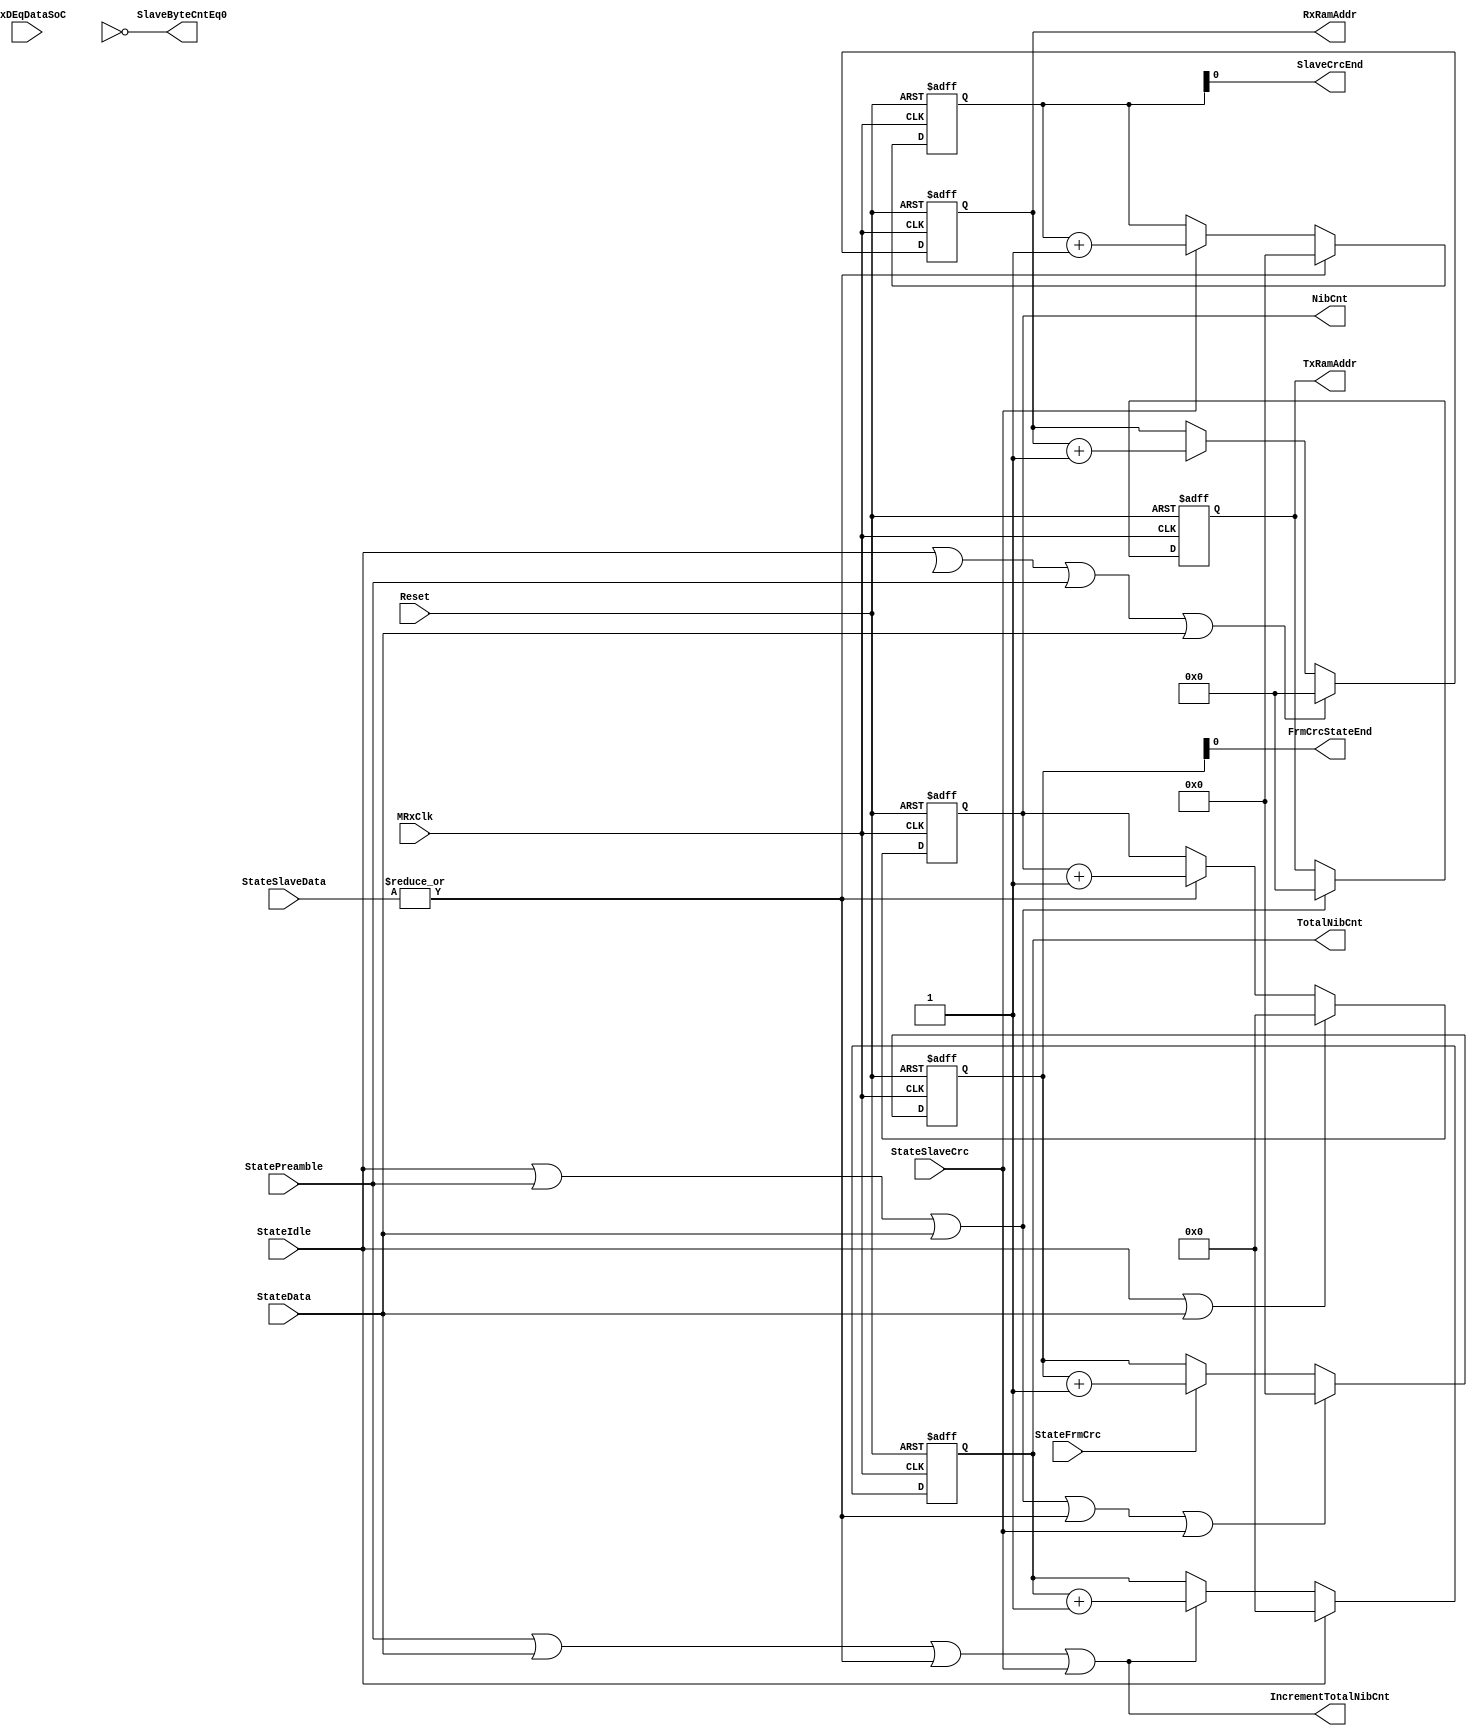
module fb_slave_counters (MRxClk, Reset, MRxDEqDataSoC,
                          StateIdle, StatePreamble, StateData, StateSlaveData, StateSlaveCrc, StateFrmCrc,
                          TotalNibCnt, NibCnt, SlaveCrcEnd, FrmCrcStateEnd, TxRamAddr, RxRamAddr, SlaveByteCntEq0, IncrementTotalNibCnt
                      );

input MRxClk;                  // Tx clock
input Reset;                   // Reset
input StateIdle;               // Idle state
input StatePreamble;           // Preamble state
input StateData;               // Data state
input [1:0] StateSlaveData;    // StateSlaveData state
input StateSlaveCrc;           // slave CRC state
input StateFrmCrc;
input MRxDEqDataSoC;

output [15:0] TotalNibCnt;    // total Nibble counter
output [15:0] NibCnt;     // Nibble counter

output SlaveCrcEnd;
output FrmCrcStateEnd;
output [7: 0] TxRamAddr;
output [7: 0] RxRamAddr;
output        SlaveByteCntEq0;
output IncrementTotalNibCnt;

wire       SlaveByteCntEq0;
wire [3:0] CrcNibbleCnt;

reg [15:0] TotalNibCnt;
reg [15:0] NibCnt;
reg [3: 0] CrcNibCnt;
reg [3: 0] PreambleNibCnt;
reg [3: 0] FrmCrcNibCnt;
reg [7: 0] TxRamAddr;
reg [7: 0] RxRamAddr;

assign CrcNibbleCnt = 4'd2;


wire ResetNibCnt;
wire IncrementNibCnt;
assign IncrementNibCnt =  (|StateSlaveData)  ;
assign ResetNibCnt = StateIdle | StateData ;

// Nibble Counter started from each slave data( only for data, no SoC no CRC)
always @ (posedge MRxClk or posedge Reset)
begin
  if(Reset)
    NibCnt <=  16'h0;
  else
    begin
      if(ResetNibCnt)
        NibCnt <=  16'h0;
      else
      if(IncrementNibCnt)
        NibCnt <=  NibCnt + 16'd1;
     end
end

wire ResetTotalNibCnt;
wire IncrementTotalNibCnt;
assign IncrementTotalNibCnt =   StatePreamble | StateData | (|StateSlaveData) | StateSlaveCrc ;
assign ResetTotalNibCnt     =   StateIdle;

// Total Nibble Counter for the whole frame incl.( Preamble, SlaveDate, SlaveCRC, NO FrameCRC)
always @ (posedge MRxClk or posedge Reset)
begin
  if(Reset)
    TotalNibCnt <=  16'h0;
  else
    begin
      if(ResetTotalNibCnt)
        TotalNibCnt <=  16'h0;
      else
      if(IncrementTotalNibCnt)
        TotalNibCnt <=  TotalNibCnt + 16'd1;
     end
end

wire IncrementCrcNibCnt;
wire ResetCrcNibCnt;
assign IncrementCrcNibCnt = StateSlaveCrc ;
assign ResetCrcNibCnt =  |StateSlaveData ;  
assign SlaveCrcEnd = CrcNibCnt[0] ;

always @ (posedge MRxClk or posedge Reset)
begin
  if(Reset)
    CrcNibCnt <=  4'b0;
  else
    begin
      if(ResetCrcNibCnt)
        CrcNibCnt <=  4'b0;
      else
      if(IncrementCrcNibCnt)
        CrcNibCnt <=  CrcNibCnt + 4'b0001;
     end
end


wire IncrementFrmCrcNibCnt;
wire ResetFrmCrcNibCnt;

assign IncrementFrmCrcNibCnt = StateFrmCrc ;
assign ResetFrmCrcNibCnt =  StateIdle | StatePreamble | StateData | (|StateSlaveData) | StateSlaveCrc;
assign FrmCrcStateEnd    = FrmCrcNibCnt[0] ;

always @ (posedge MRxClk or posedge Reset)
begin
  if(Reset)
    FrmCrcNibCnt <=  4'b0;
  else
    begin
      if(ResetFrmCrcNibCnt)
        FrmCrcNibCnt <=  4'b0;
      else
      if(IncrementFrmCrcNibCnt)
        FrmCrcNibCnt <=  FrmCrcNibCnt + 4'b0001;
     end
end


wire IncrementTxRamAddr;
wire ResetTxRamAddr;

assign ResetTxRamAddr =  StateIdle | StatePreamble | StateData;
assign IncrementTxRamAddr = StartSlaveData[0];

always @ (posedge MRxClk or posedge Reset)
begin
  if(Reset)
    TxRamAddr <=  8'b0;
  else
    begin
      if(ResetTxRamAddr)
        TxRamAddr <=  8'b0;
      else
      if(IncrementTxRamAddr)
        TxRamAddr <=  TxRamAddr + 8'b0001;
     end
end


wire ResetRxRamAddr;
wire IncrementRxRamAddr;
assign ResetRxRamAddr =  StateIdle | StateFFS | StatePreamble | StateData;
assign IncrementRxRamAddr = RxValid ;

always @ (posedge MRxClk or posedge Reset)
begin
  if(Reset)
    RxRamAddr[7:0] <=  8'd0;
  else
    begin
      if(ResetRxRamAddr)
        RxRamAddr[7:0] <=  8'd0;
      else
      if(IncrementRxRamAddr)
        RxRamAddr[7:0] <=  RxRamAddr[7:0] + 8'd1;
     end
end


wire          ResetByteCounter;
wire          IncrementByteCounter;
wire          ByteCntMax;
assign ResetByteCounter =  MRxDV & StatePreamble & MRxDEqDataSoC | StateData;
assign IncrementByteCounter = ~ResetByteCounter & MRxDV &( StateSlaveData[1] & ~ByteCntMax ) ;
assign SlaveByteCntEq0       = ByteCnt == 16'd0;
assign ByteCntMax       = ByteCnt == 16'hffff;

always @ (posedge MRxClk or posedge Reset)
begin
  if(Reset)
    ByteCnt[15:0] <=  16'd0;
  else
    begin
      if(ResetByteCounter)
        ByteCnt[15:0] <=  16'd0;
      else
      if(IncrementByteCounter)
        ByteCnt[15:0] <=  ByteCnt[15:0] + 16'd1;
     end
end



endmodule